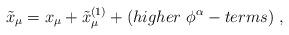
LaTeX: \begin{align*}\tilde x_\mu =x_\mu + \tilde x_\mu ^{(1)}+(higher~\phi ^\alpha -terms) ~,\end{align*}